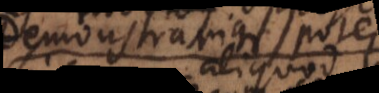
demonstrarique potest